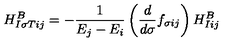
H _ { I \sigma T i j } ^ { B } = - { \frac { 1 } { E _ { j } - E _ { i } } } \left( { \frac { d } { d \sigma } } f _ { \sigma i j } \right) H _ { I i j } ^ { B }